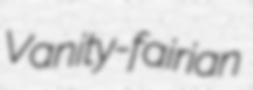
Vanity-fairian